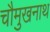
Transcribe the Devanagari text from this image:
चौमुखनाथ